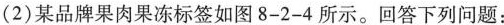
(2)某品牌果肉果冻标签如图8-2-4所示。回答下列问题：